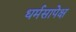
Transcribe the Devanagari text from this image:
धर्मसापेक्ष